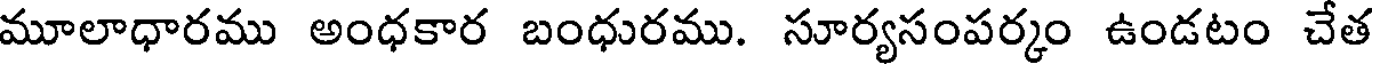
మూలాధారము అంధకార బంధురము. సూర్యసంపర్కం ఉండటం చేత